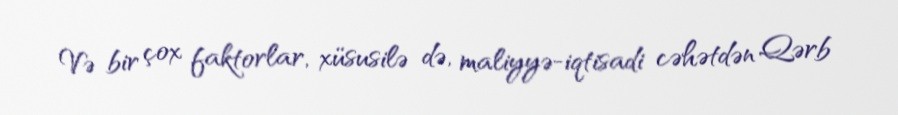
Və bir çox faktorlar, xüsusilə də, maliyyə-iqtisadi cəhətdən Qərb